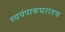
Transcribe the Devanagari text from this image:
स्वयंपाकघरातच